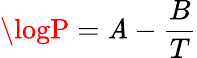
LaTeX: \logP=\mathit{A}-{\frac{{B}}{{T}}}